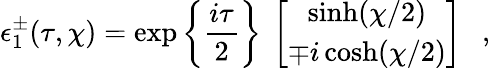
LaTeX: \epsilon_{1}^{\pm}(\tau,\chi)=\exp\left\{ {\frac{i\tau}{2}}\right\} ~\left[\begin{array}{c}{{\sinh(\chi/2)}}\\ {{\mp i\cosh(\chi/2)}}\end{array}\right]~~~,